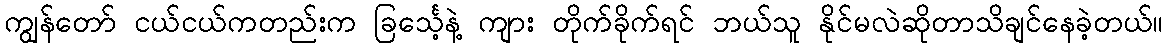
ကျွန်တော် ငယ်ငယ်ကတည်းက ခြင်္သေ့နဲ့ ကျား တိုက်ခိုက်ရင် ဘယ်သူ နိုင်မလဲဆိုတာသိချင်နေခဲ့တယ်။